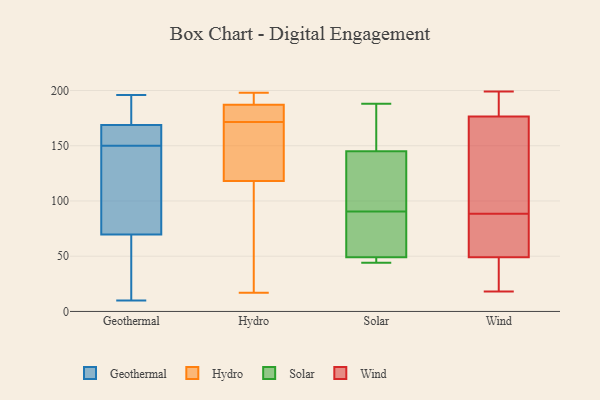
{"axis": {"x": "Inventory Turnover", "y": "Value"}, "legend": ["Geothermal", "Hydro", "Solar", "Wind"], "data": [{"x": "", "y": 54, "type": "Geothermal"}, {"x": "", "y": 153, "type": "Geothermal"}, {"x": "", "y": 196, "type": "Geothermal"}, {"x": "", "y": 172, "type": "Geothermal"}, {"x": "", "y": 51, "type": "Geothermal"}, {"x": "", "y": 62, "type": "Geothermal"}, {"x": "", "y": 93, "type": "Geothermal"}, {"x": "", "y": 177, "type": "Geothermal"}, {"x": "", "y": 174, "type": "Geothermal"}, {"x": "", "y": 150, "type": "Geothermal"}, {"x": "", "y": 123, "type": "Geothermal"}, {"x": "", "y": 159, "type": "Geothermal"}, {"x": "", "y": 10, "type": "Geothermal"}, {"x": "", "y": 113, "type": "Geothermal"}, {"x": "", "y": 156, "type": "Geothermal"}, {"x": "", "y": 25, "type": "Hydro"}, {"x": "", "y": 106, "type": "Hydro"}, {"x": "", "y": 194, "type": "Hydro"}, {"x": "", "y": 198, "type": "Hydro"}, {"x": "", "y": 180, "type": "Hydro"}, {"x": "", "y": 194, "type": "Hydro"}, {"x": "", "y": 176, "type": "Hydro"}, {"x": "", "y": 144, "type": "Hydro"}, {"x": "", "y": 48, "type": "Hydro"}, {"x": "", "y": 17, "type": "Hydro"}, {"x": "", "y": 130, "type": "Hydro"}, {"x": "", "y": 179, "type": "Hydro"}, {"x": "", "y": 134, "type": "Hydro"}, {"x": "", "y": 167, "type": "Hydro"}, {"x": "", "y": 196, "type": "Hydro"}, {"x": "", "y": 177, "type": "Hydro"}, {"x": "", "y": 49, "type": "Solar"}, {"x": "", "y": 47, "type": "Solar"}, {"x": "", "y": 145, "type": "Solar"}, {"x": "", "y": 80, "type": "Solar"}, {"x": "", "y": 181, "type": "Solar"}, {"x": "", "y": 87, "type": "Solar"}, {"x": "", "y": 44, "type": "Solar"}, {"x": "", "y": 103, "type": "Solar"}, {"x": "", "y": 94, "type": "Solar"}, {"x": "", "y": 188, "type": "Solar"}, {"x": "", "y": 180, "type": "Wind"}, {"x": "", "y": 173, "type": "Wind"}, {"x": "", "y": 69, "type": "Wind"}, {"x": "", "y": 107, "type": "Wind"}, {"x": "", "y": 85, "type": "Wind"}, {"x": "", "y": 199, "type": "Wind"}, {"x": "", "y": 186, "type": "Wind"}, {"x": "", "y": 34, "type": "Wind"}, {"x": "", "y": 44, "type": "Wind"}, {"x": "", "y": 54, "type": "Wind"}, {"x": "", "y": 182, "type": "Wind"}, {"x": "", "y": 27, "type": "Wind"}, {"x": "", "y": 114, "type": "Wind"}, {"x": "", "y": 18, "type": "Wind"}, {"x": "", "y": 63, "type": "Wind"}, {"x": "", "y": 92, "type": "Wind"}]}